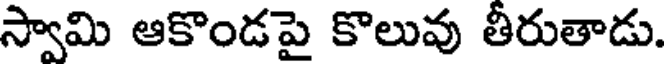
స్వామి ఆకొండపై కొలువు తీరుతాడు.